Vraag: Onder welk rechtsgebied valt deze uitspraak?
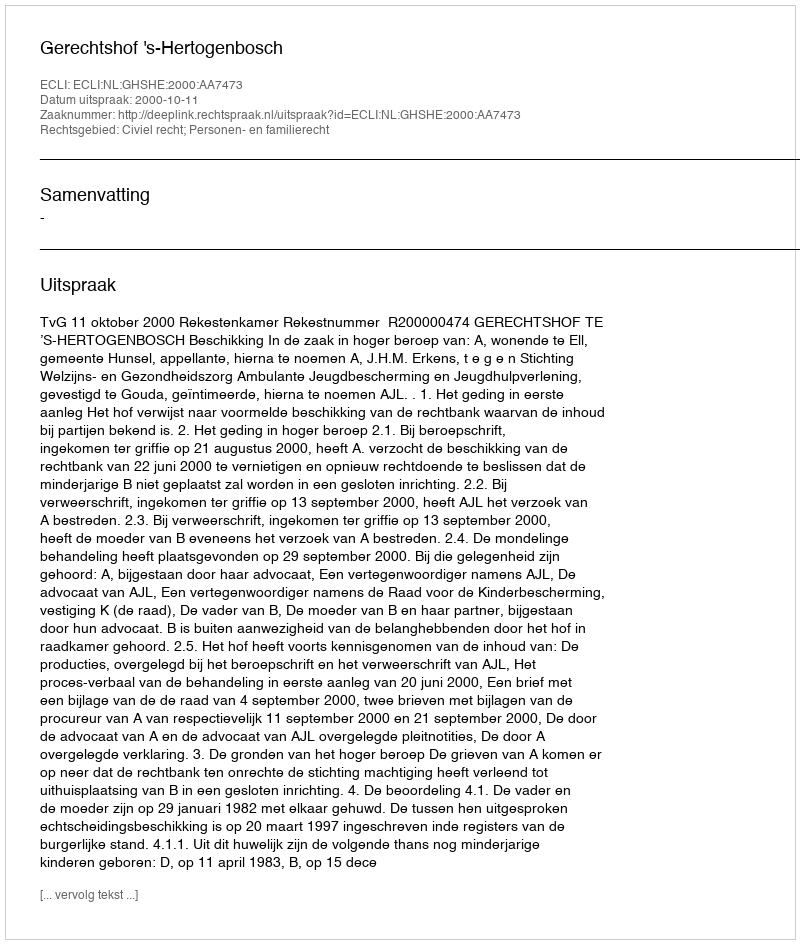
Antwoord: Civiel recht; Personen- en familierecht